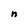
Character: n